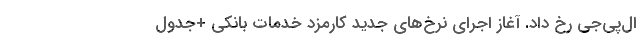
ال‌پی‌جی رخ داد. آغاز اجرای نرخ‌های جدید کارمزد خدمات بانکی +جدول